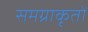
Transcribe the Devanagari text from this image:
समग्राकृतों